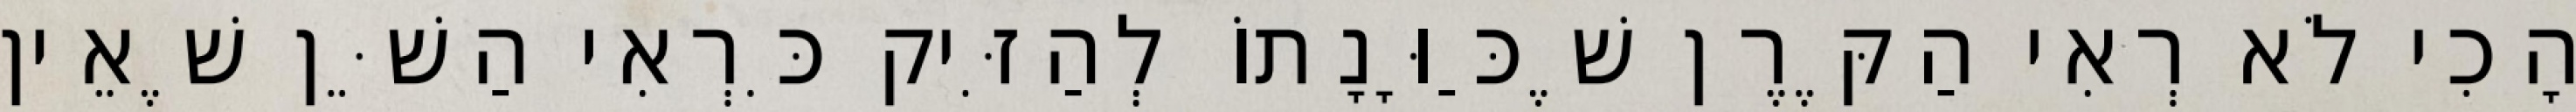
הָכִי לֹא רְאִי הַקֶּרֶן שֶׁכַּוָּנָתוֹ לְהַזִּיק כִּרְאִי הַשֵּׁן שֶׁאֵין